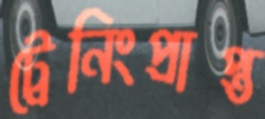
ট্রেনিংপ্রাপ্ত